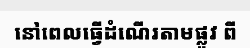
នៅពេលធ្វើដំណើរតាមផ្លូវ ពី